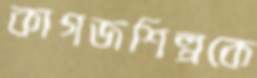
কাগজশিল্পকে